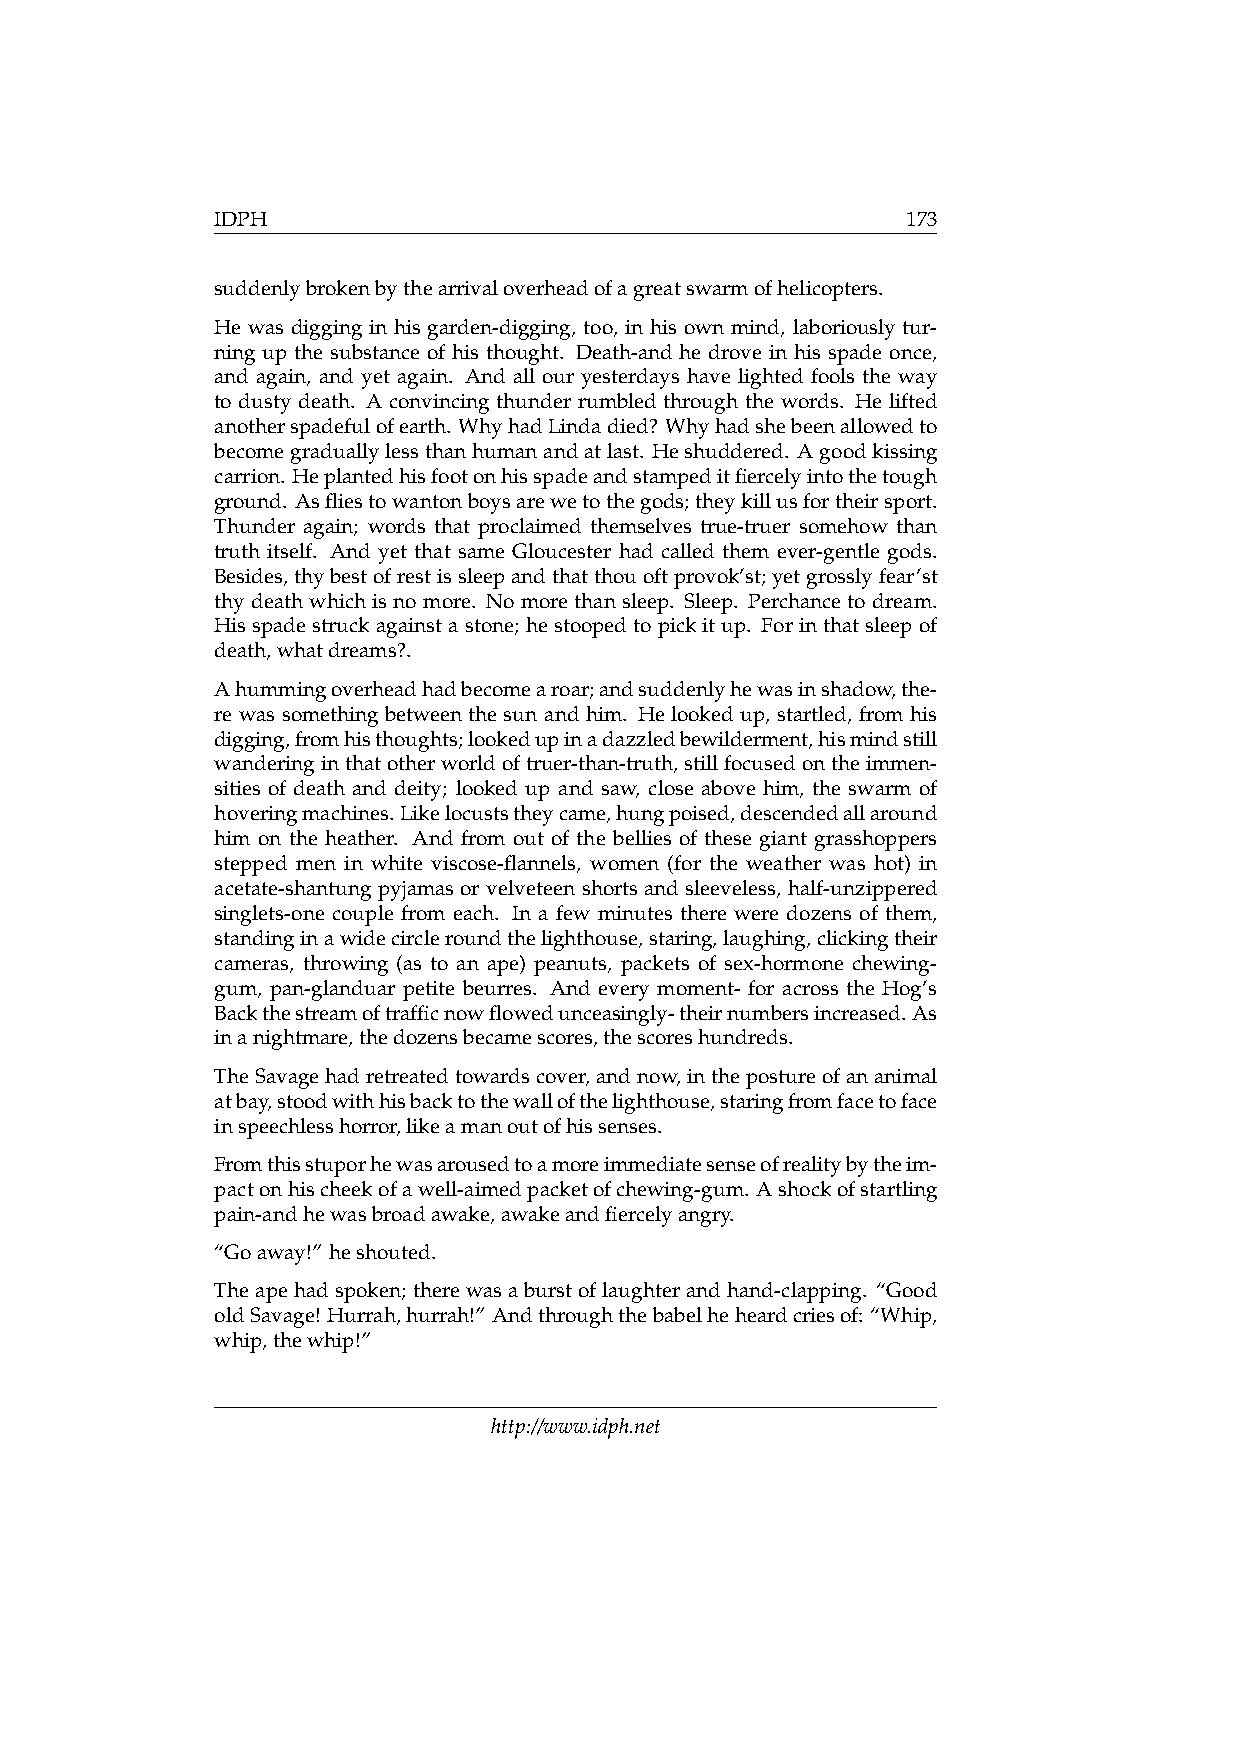
IDPH                                          173
 suddenlybrokenbythearrivaloverheadofagreatswarmofhelicopters.
 He was digging in his garden-digging, too, in his own mind, laboriously tur-
 ning up the substance of his thought. Death-and he drove in his spade once,
 and again, and yet again. And all our yesterdays have lighted fools the way
 to dusty death. A convincing thunder rumbled through the words. He lifted
 anotherspadefulofearth. WhyhadLindadied? Whyhadshebeenallowedto
 becomegraduallylessthanhumanandatlast. Heshuddered. Agoodkissing
 carrion. Heplantedhisfootonhisspadeandstampeditfiercelyintothetough
 ground. Asfliestowantonboysarewetothegods;theykillusfortheirsport.
 Thunder again; words that proclaimed themselves true-truer somehow than
 truth itself. And yet that same Gloucester had called them ever-gentle gods.
 Besides,thybestofrestissleepandthatthouoftprovok’st; yetgrosslyfear’st
 thy death which is no more. No more than sleep. Sleep. Perchance to dream.
 Hisspadestruckagainstastone; hestoopedtopickitup. Forinthatsleepof
 death,whatdreams?.
 Ahummingoverheadhadbecomearoar;andsuddenlyhewasinshadow,the-
 re was something between the sun and him. He looked up, startled, from his
 digging,fromhisthoughts;lookedupinadazzledbewilderment,hismindstill
 wanderinginthatotherworldoftruer-than-truth,stillfocusedontheimmen-
 sities of death and deity; looked up and saw, close above him, the swarm of
 hoveringmachines.Likelocuststheycame,hungpoised,descendedallaround
 him on the heather. And from out of the bellies of these giant grasshoppers
 stepped men in white viscose-flannels, women (for the weather was hot) in
 acetate-shantung pyjamas or velveteen shorts and sleeveless, half-unzippered
 singlets-one couple from each. In a few minutes there were dozens of them,
 standinginawidecircleroundthelighthouse,staring,laughing,clickingtheir
 cameras, throwing (as to an ape) peanuts, packets of sex-hormone chewing-
 gum, pan-glanduar petite beurres. And every moment- for across the Hog’s
 Backthestreamoftrafficnowflowedunceasingly-theirnumbersincreased.As
 inanightmare,thedozensbecamescores,thescoreshundreds.
 TheSavagehadretreatedtowardscover,andnow,inthepostureofananimal
 atbay,stoodwithhisbacktothewallofthelighthouse,staringfromfacetoface
 inspeechlesshorror,likeamanoutofhissenses.
 Fromthisstuporhewasarousedtoamoreimmediatesenseofrealitybytheim-
 pactonhischeekofawell-aimedpacketofchewing-gum. Ashockofstartling
 pain-andhewasbroadawake,awakeandfiercelyangry.
 “Goaway!” heshouted.
 Theapehadspoken; therewasaburstoflaughterandhand-clapping. “Good
 oldSavage! Hurrah,hurrah!” Andthroughthebabelheheardcriesof: “Whip,
 whip,thewhip!”
 http://www.idph.net